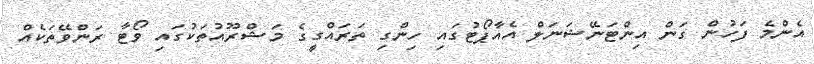
އެންމެ ފަހުން ގަން އިންޓަނޭޝަނަލް އެއާޕޯޓުގައި ހިންގި ތަރައްގީގެ މަޝްރޫއުތަކުގައި ވޯޓާ ރަންވޭތަކެއް